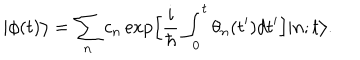
| \phi ( t ) \bigr > = \sum _ { n } c _ { n } \exp \Bigl [ \frac { i } { \hbar } \int _ { 0 } ^ { t } \theta _ { n } ( t ^ { \prime } ) d t ^ { \prime } \Bigr ] | n ; t \bigr > .